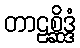
တာဠစ္ဆိဒ္ဒံ